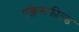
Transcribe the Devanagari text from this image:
एक्लेसफील्ड